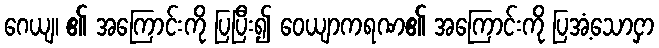
ဂေယျ၊ ၏ အကြောင်းကို ပြပြီး၍ ဝေယျာကရဏ၏ အကြောင်းကို ပြအံ့သောငှာ